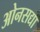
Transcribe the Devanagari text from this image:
ओनसद्या